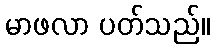
မာဖလာ ပတ်သည်။